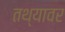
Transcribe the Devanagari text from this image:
तथ्यावर